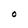
Character: O